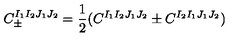
C _ { \pm } ^ { I _ { 1 } I _ { 2 } J _ { 1 } J _ { 2 } } = \frac { 1 } { 2 } ( C ^ { I _ { 1 } I _ { 2 } J _ { 1 } J _ { 2 } } \pm C ^ { I _ { 2 } I _ { 1 } J _ { 1 } J _ { 2 } } )